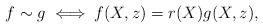
LaTeX: \begin{align*} f \sim g \iff f(X,z) = r(X)g(X,z), \end{align*}